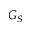
G _ { S }